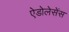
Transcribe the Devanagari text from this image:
ऐडोलेसेंस